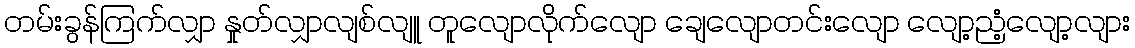
တမ်းခွန်ကြက်လျှာ နှုတ်လျှာလျစ်လျူ တူလျောလိုက်လျော ချေလျောတင်းလျော လျော့ညံ့လျော့လျား